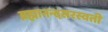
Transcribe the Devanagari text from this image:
ब्रह्मानन्दसरस्वती